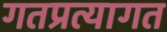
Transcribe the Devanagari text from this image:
गतप्रत्यागत